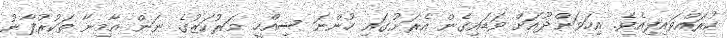
ކުރައްވައިފިއެވެ. އިހަވަންދޫއަށް ވަޑައިގެން އެރަށުގައި ހުންނަ ސިއްހީ މަރުކަޒުގެ ނަން އާމިނާ ތަކުރުފާނު